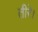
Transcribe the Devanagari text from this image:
तीरे।